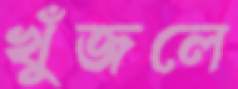
খুঁজলে